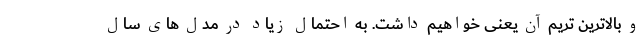
و بالاترین تریم آن یعنی خواهیم داشت. به احتمال زیاد در مدل های سال